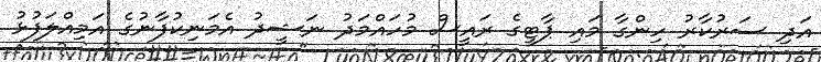
އަދި ސަރުކާރު ހިންގާ މައި ޕާޓީގެ ރައީސް މުހައްމަދު ނަޝީދު އެމަނިކުފާނުގެ އަމިއްލަފުޅު